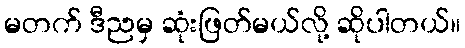
မတက် ဒီညမှ ဆုံးဖြတ်မယ်လို့ ဆိုပါတယ်။